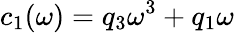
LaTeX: c_{1}(\omega)=q_{3}\omega^{3}+q_{1}\omega